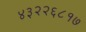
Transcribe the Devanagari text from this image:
४३२२६८१७